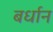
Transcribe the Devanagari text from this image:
बर्धान